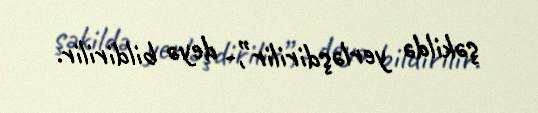
şəkildə yerləşdirilir”,- deyə bildirilir.